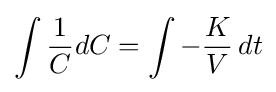
\int {\frac {1}{C}}dC=\int -{\frac {K}{V}}\,dt